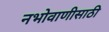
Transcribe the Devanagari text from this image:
नभोवाणीसाठी